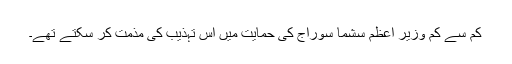
کم سے کم وزیر اعظم سشما سوراج کی حمایت میں اس تہذیب کی مذمت کر سکتے تھے۔